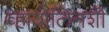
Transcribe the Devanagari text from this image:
व्हायोलिनशी